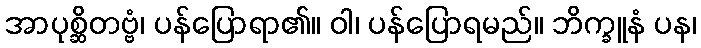
အာပုစ္ဆိတဗ္ဗံ၊ ပန်ပြောရာ၏။ ဝါ၊ ပန်ပြောရမည်။ ဘိက္ခူနံ ပန၊